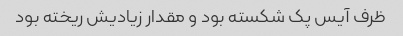
ظرف آیس پک شکسته بود و مقدار زیادیش ریخته بود